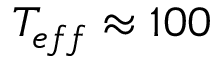
T _ { e f f } \approx 1 0 0